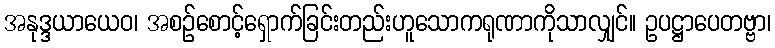
အနုဒ္ဒယာယေဝ၊ အစဉ်စောင့်ရှောက်ခြင်းတည်းဟူသောကရုဏာကိုသာလျှင်။ ဥပဋ္ဌာပေတဗ္ဗာ၊